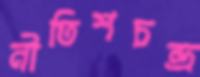
নীতিশচন্দ্র